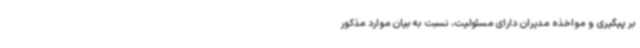
بر پیگیری و مواخذه مدیران دارای مسئولیت، نسبت به بیان موارد مذکور